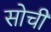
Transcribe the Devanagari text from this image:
सोचीं